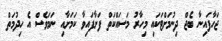
ޖަހާފައިނާ ބެޖް ދިނުމަށްޓަކައި މިހާރު މަސައްކަތް ފަށާފައިވާ ކަމަށާއި ނަމަވެސް އެ ހިދުމަތް